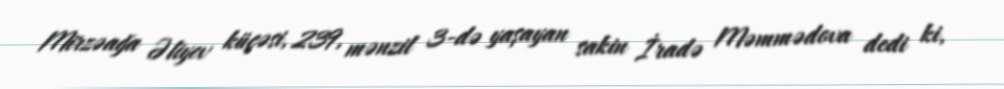
Mirzəağa Əliyev küçəsi, 239, mənzil 3-də yaşayan sakin İradə Məmmədova dedi ki,